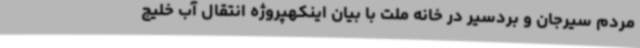
مردم سیرجان و بردسیر در خانه ملت با بیان اینکهپروژه انتقال آب خلیج